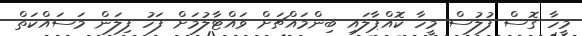
މީހާ ގޮސް ފުލުސް މީހާ ކޮއްޕާލައި ބިންމައްޗަށް ވައްޓާލުމަށް ފަހު ފިލަން މަސައްކަތް